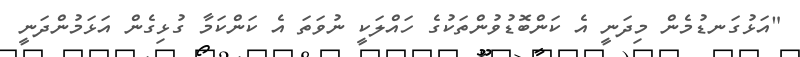
"އަޅުގަނޑުމެން މިދަނީ އެ ކަންބޮޑުވުންތަކުގެ ހައްލަކީ ނުވަތަ އެ ކަންކަމާ ގުޅިގެން އަޅަމުންދަނީ